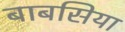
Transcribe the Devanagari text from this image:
बाबसिया